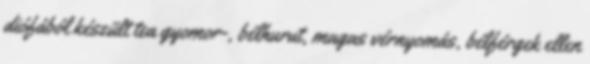
diófából készült tea gyomor-, bélhurut, magas vérnyomás, bélférgek ellen